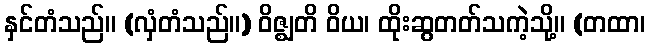
နှင်တံသည်။ (လှံတံသည်။) ဝိဇ္ဈတိ ဝိယ၊ ထိုးဆွတတ်သကဲ့သို့။ (တထာ၊